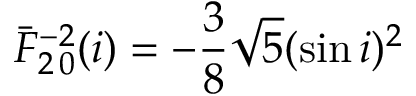
\bar { F } _ { 2 \, 0 } ^ { - 2 } ( i ) = - \frac { 3 } { 8 } \sqrt { 5 } ( \sin i ) ^ { 2 }